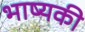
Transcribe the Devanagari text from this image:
भाष्यकी